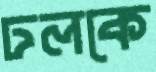
ঢলকে